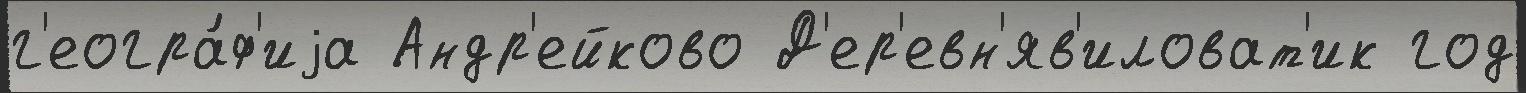
г'еогра́ф'иjа Андр'ейково Д'ер'евн'яв'иловат'ик год